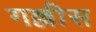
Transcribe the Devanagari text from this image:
गल्लीस